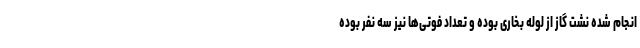
انجام شده نشت گاز از لوله بخاری بوده و تعداد فوتی‌ها نیز سه نفر بوده